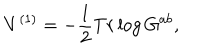
LaTeX: V ^ { ( 1 ) } = - \frac { 1 } { 2 } T r \log G ^ { a b } ,